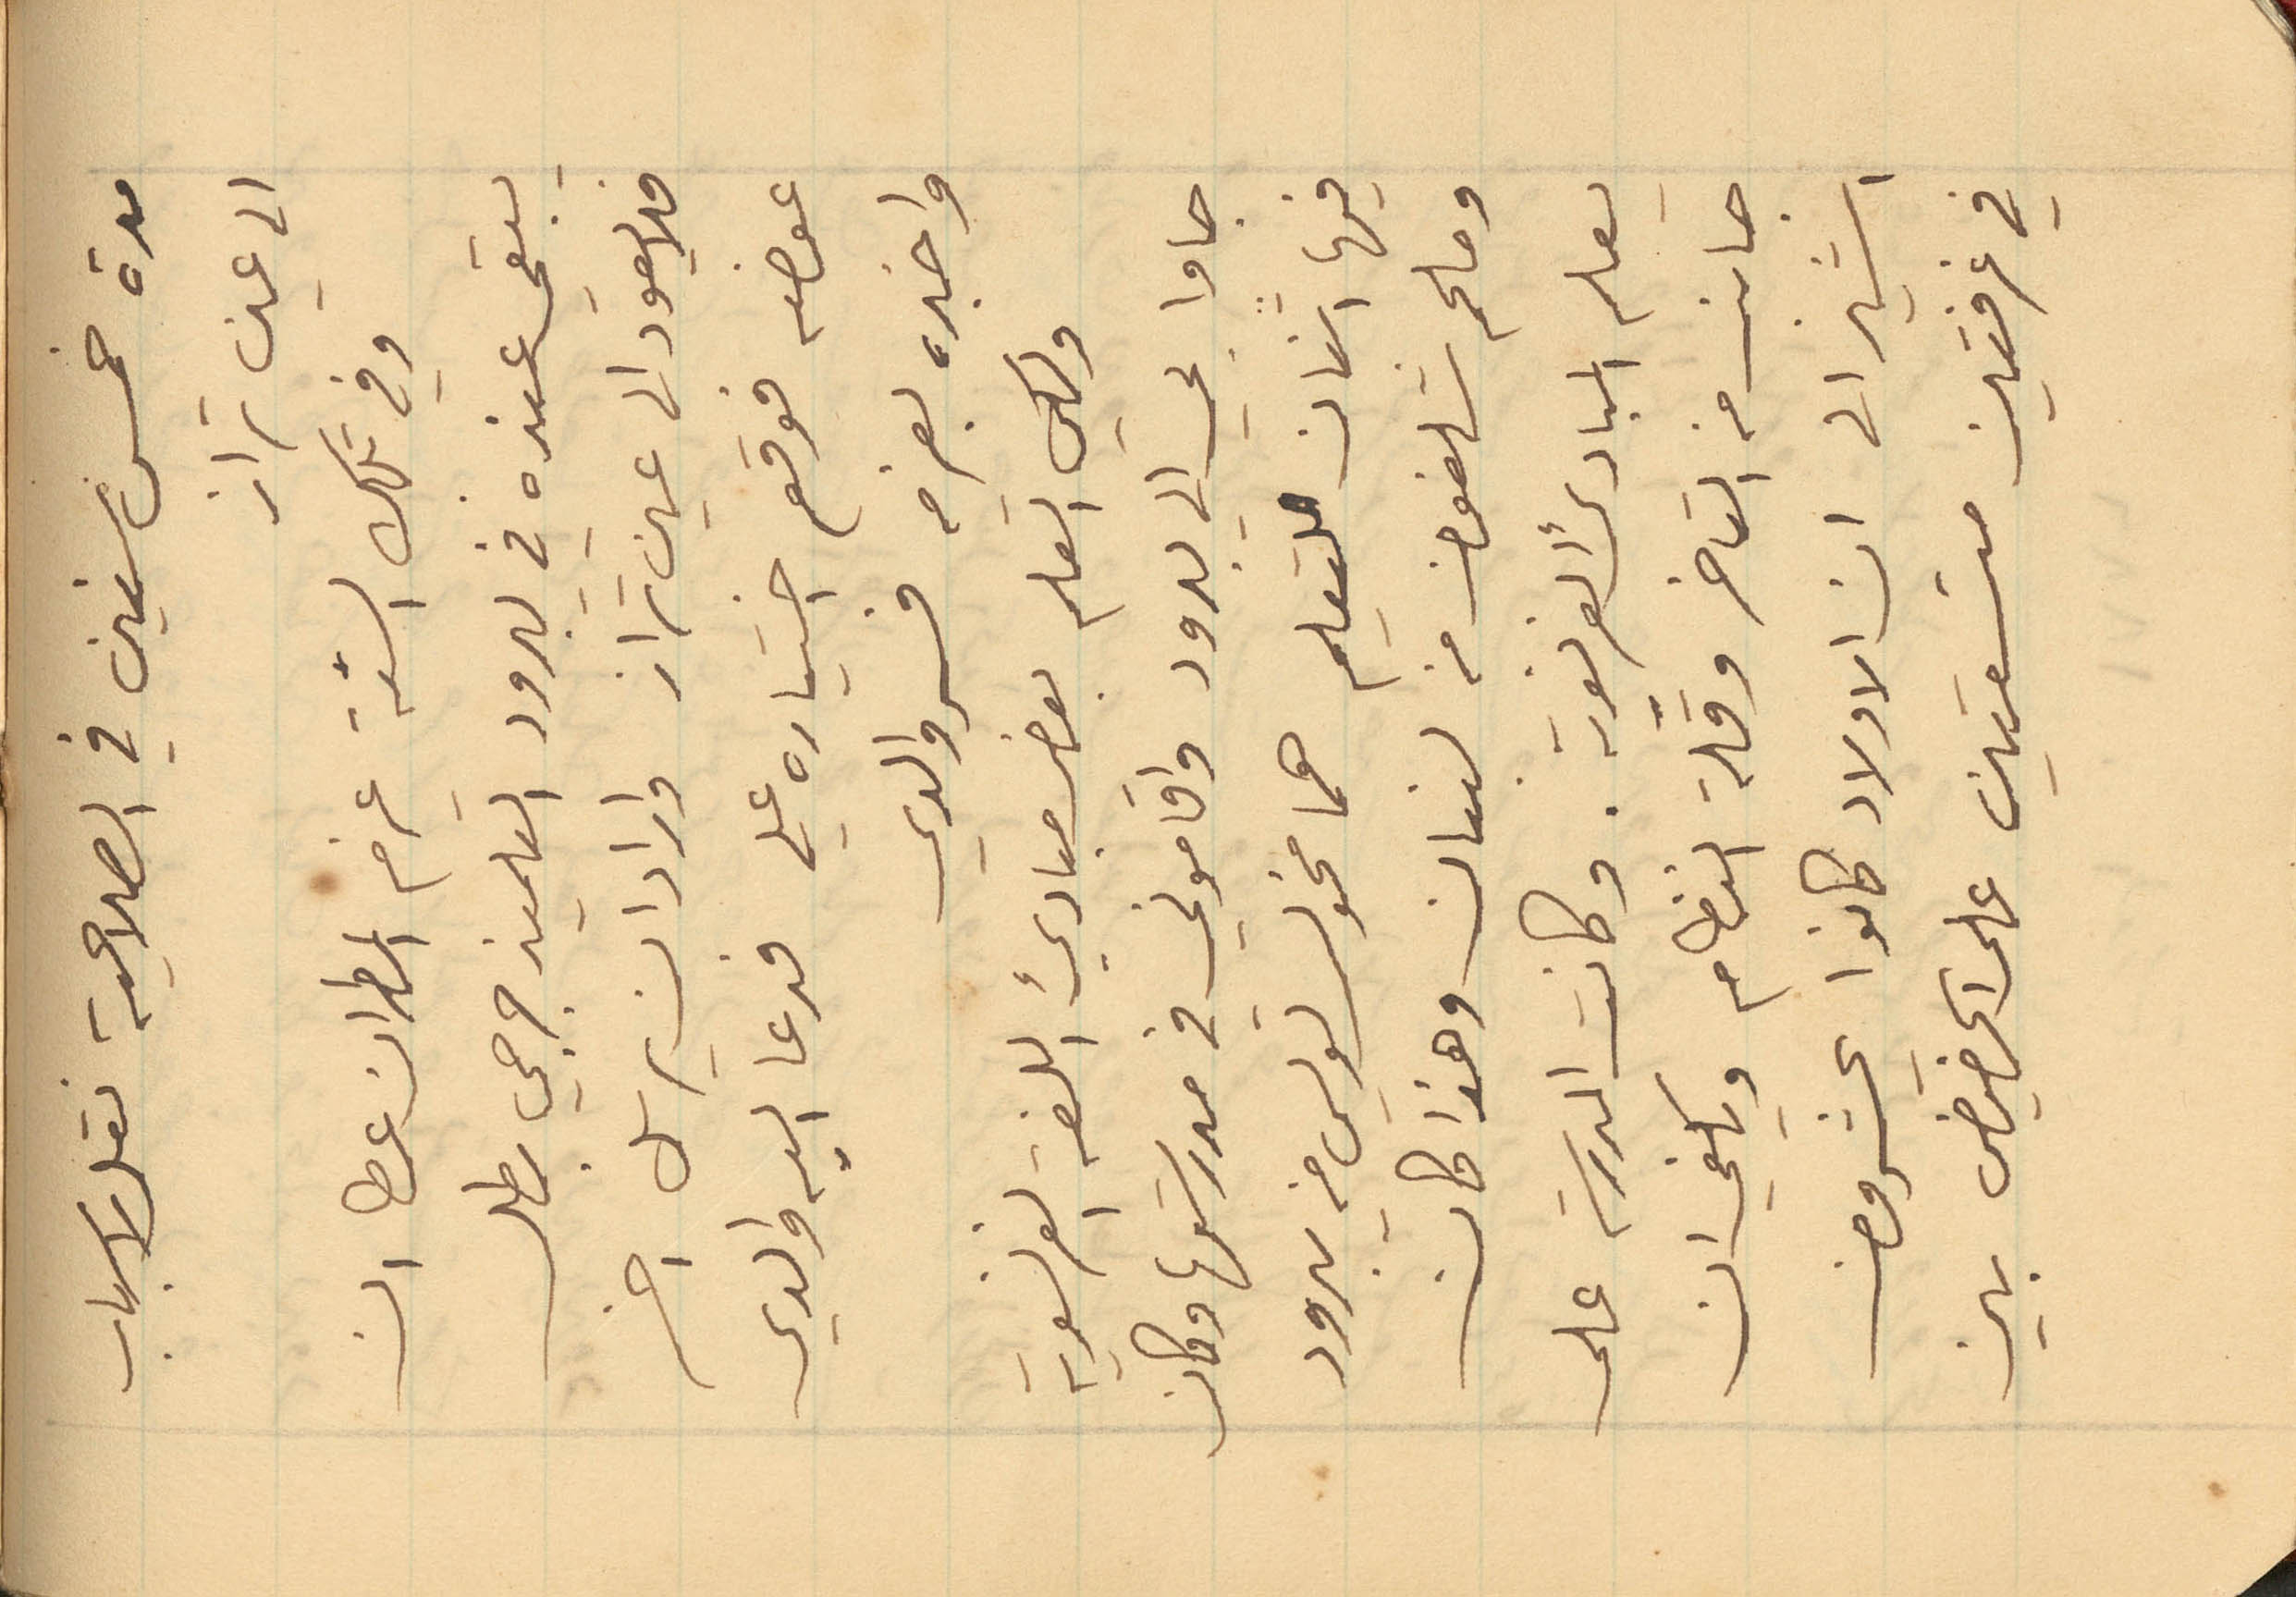
مدة خمس سنين في الصلاحية نقل لاسباب
الى عين تراز
وفي تلك السنة عزم المطران عطا ان
يبقى عنده في يبرود التلميذ جرجي بطل
فلا يعود الى عين تراز واراد ان يرسل اخر
عوضه فوقع اختياره علي فدعا اليه والدي
واخبره بعزمه فسر والدي
ولكي اتعلم بعض مبادئ اللغة الفرنسوية
جاوا بي الى يبرود واقاموني في مدرستها وكان
فيها اثنان للتعليم هما مخول لويس من يبرود
وملحم شلفون من لبنان وهذا كان
يعلم المبادئ الفرنسوية. وكانت المدرسة على
جانب من التاخر وقلة النظام ويكفي ان
اشير الى ان الاولاد كانوا عشرون
في غرفتين متسعتين على الحضيض بين